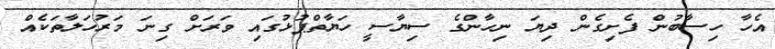
އެހާ ހިސާބުން ފެށިގެން ދިޔަ ނިހާންގެ ސިޔާސީ ހަޔާތްޕުޅުގައި ވަރަށް ގިނަ މަރުހަލާތަކެއް